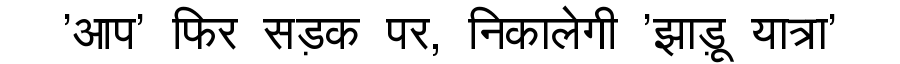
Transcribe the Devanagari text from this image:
'आप' फिर सड़क पर, निकालेगी 'झाड़ू यात्रा'